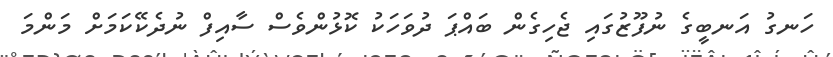
ހަނގު އަނބީގެ ނުފޫޒުގައި ޖެހިގެން ބައްޕަ ދުވަހަކު ކޮޅުންވެސް ސާއިފް ނުދެކޭކަމަށް މަންމަ